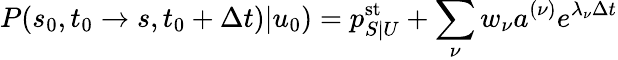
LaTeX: P(s_{0},t_{0}\to s,t_{0}+\Delta t)|u_{0})=p_{S|U}^{\mathrm{st}}+\sum_{\nu}w_{\nu}a^{(\nu)}e^{\lambda_{\nu}\Delta t}